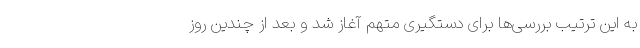
به این ترتیب بررسی‌ها برای دستگیری متهم آغاز شد و بعد از چندین روز